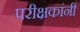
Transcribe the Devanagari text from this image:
परीक्षकांनी